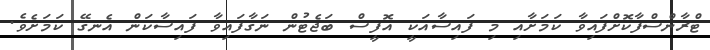
ޓްރާންސްފާކޮށްފައިވާ ކަމަށާއި މި ފައިސާއަކީ އޮފީސް ބަޖެޓުން ނަގާފައިވާ ފައިސާކަން އެނގޭ ކަމަށެވެ.